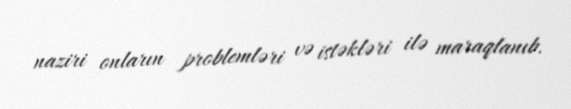
naziri onların problemləri və istəkləri ilə maraqlanıb.